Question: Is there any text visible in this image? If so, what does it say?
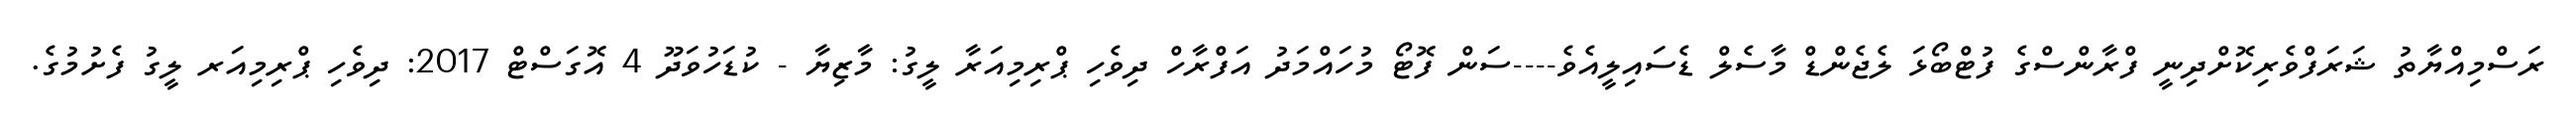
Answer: ރަސްމިއްޔާތު ޝަރަފްވެރިކޮށްދިނީ ފްރާންސްގެ ފުޓްބޯޅަ ލެޖެންޑް މާސެލް ޑެސައިލީއެވެ----ސަން ފޮޓޯ މުހައްމަދު އަފްރާހް ދިވެހި ޕްރިމިއަރާ ލީގު: މާޒިޔާ - ކުޑަހުވަދޫ 4 އޮގަސްޓް 2017: ދިވެހި ޕްރިމިއަރ ލީގު ފެށުމުގެ.